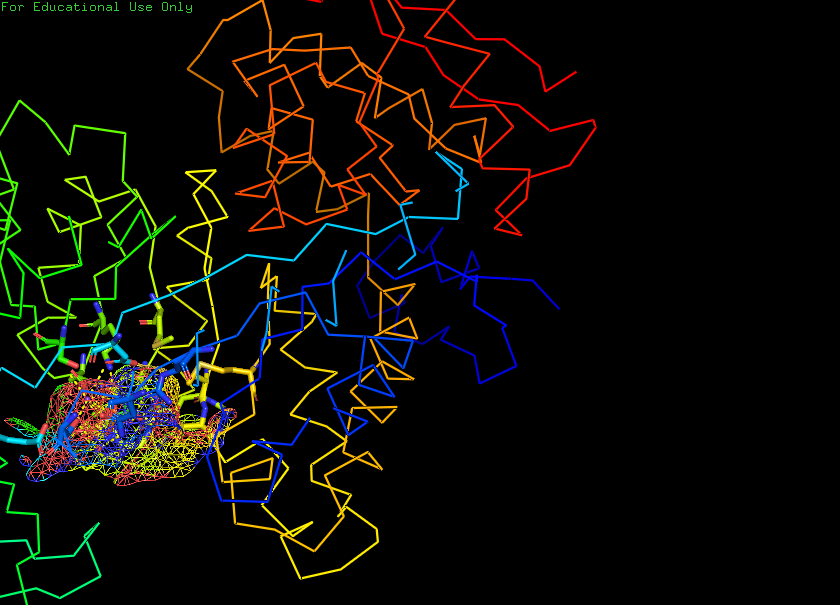
pymol, preset, ligand_sites_mesh